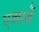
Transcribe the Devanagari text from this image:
एक्सकें